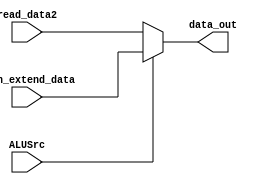
module Mux_ALU(data_out, read_data2, sign_extend_data, ALUSrc);

	output [31:0]data_out;
	input [31:0]read_data2;
	input [31:0]sign_extend_data;
	input ALUSrc;
	
	assign data_out = (ALUSrc == 1'b0) ? read_data2 : sign_extend_data;

endmodule